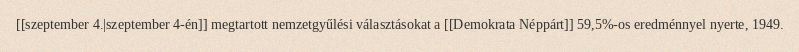
[[szeptember 4.|szeptember 4-én]] megtartott nemzetgyűlési választásokat a [[Demokrata Néppárt]] 59,5%-os eredménnyel nyerte, 1949.